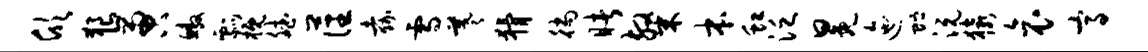
欣狼啻鳌瓢概斌藩嘉雪羲猾徜睹粲本虹泛冕迤贮沅猿哀高